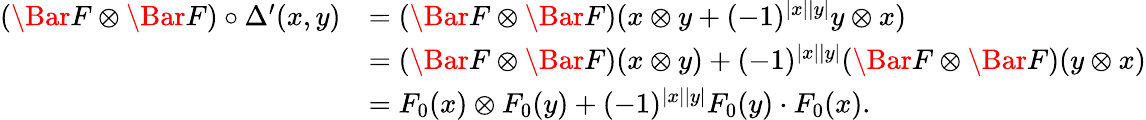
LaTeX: \begin{array}{rl}{(\Bar{F}\otimes\Bar{F})\circ\Delta^{\prime}(x,y)}&{=(\Bar{F}\otimes\Bar{F})(x\otimes y+(-1)^{|x||y|}y\otimes x)}\\ &{=(\Bar{F}\otimes\Bar{F})(x\otimes y)+(-1)^{|x||y|}(\Bar{F}\otimes\Bar{F})(y\otimes x)}\\ &{=F_{0}(x)\otimes F_{0}(y)+(-1)^{|x||y|}F_{0}(y)\cdot F_{0}(x).}\end{array}